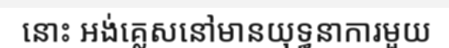
នោះ អង់គ្លេសនៅមានយុទ្ធនាការមួយ